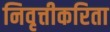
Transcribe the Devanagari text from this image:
निवृत्तीकरिता